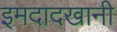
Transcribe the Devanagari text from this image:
इमदादखानी